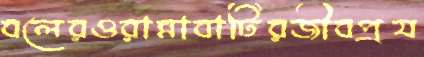
বলেরওরান্নাবাটিরজীবপ্রয